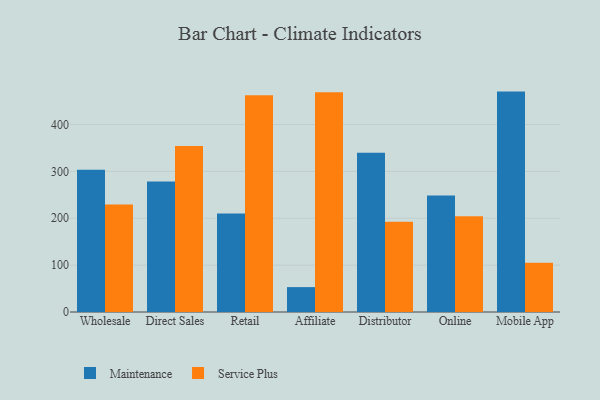
{"axis": {"x": "Channel", "y": "Headcount"}, "legend": ["Maintenance", "Service Plus"], "data": [{"x": "Wholesale", "y": 303.7, "type": "Maintenance"}, {"x": "Wholesale", "y": 229.4, "type": "Service Plus"}, {"x": "Direct Sales", "y": 278.5, "type": "Maintenance"}, {"x": "Direct Sales", "y": 354.2, "type": "Service Plus"}, {"x": "Retail", "y": 210.4, "type": "Maintenance"}, {"x": "Retail", "y": 462.3, "type": "Service Plus"}, {"x": "Affiliate", "y": 53.1, "type": "Maintenance"}, {"x": "Affiliate", "y": 468.9, "type": "Service Plus"}, {"x": "Distributor", "y": 339.6, "type": "Maintenance"}, {"x": "Distributor", "y": 192.8, "type": "Service Plus"}, {"x": "Online", "y": 248.6, "type": "Maintenance"}, {"x": "Online", "y": 204.3, "type": "Service Plus"}, {"x": "Mobile App", "y": 470.2, "type": "Maintenance"}, {"x": "Mobile App", "y": 105.3, "type": "Service Plus"}]}